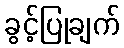
ခွင့်ပြုချက်